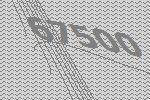
67500